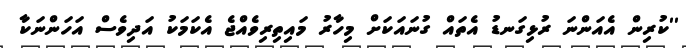
''ކުރިން އެއަންނަ ރުޅިގަނޑު އެތައް ގުނައަކަށް މިހާރު މައިތިރިވެއްޖެ އެކަމަކު އަދިވެސް އަހަންނަކާ